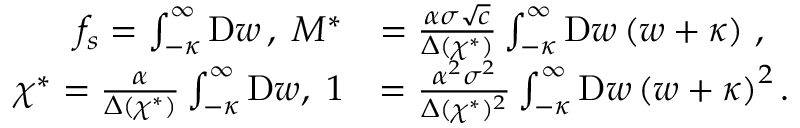
\begin{array} { r l } { f _ { s } = \int _ { - \kappa } ^ { \infty } \mathrm { D } w \, , \; M ^ { * } } & { = \frac { \alpha \sigma \sqrt { c } } { \Delta ( \chi ^ { * } ) } \int _ { - \kappa } ^ { \infty } \mathrm { D } w \left( w + \kappa \right) \, , } \\ { \chi ^ { * } = \frac { \alpha } { \Delta ( \chi ^ { * } ) } \int _ { - \kappa } ^ { \infty } \mathrm { D } w , \; 1 } & { = \frac { \alpha ^ { 2 } \sigma ^ { 2 } } { \Delta ( \chi ^ { * } ) ^ { 2 } } \int _ { - \kappa } ^ { \infty } \mathrm { D } w \left( w + \kappa \right) ^ { 2 } . } \end{array}